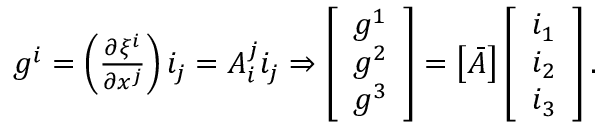
\begin{array} { r } { \boldsymbol { g ^ { i } } = \left( \frac { \partial \xi ^ { i } } { \partial x ^ { j } } \right) \boldsymbol { i _ { j } } = A _ { i } ^ { j } \boldsymbol { i _ { j } } \Rightarrow \left[ \begin{array} { l } { \boldsymbol { g ^ { 1 } } } \\ { \boldsymbol { g ^ { 2 } } } \\ { \boldsymbol { g ^ { 3 } } } \end{array} \right] = \left[ \boldsymbol { \bar { A } } \right] \left[ \begin{array} { l } { \boldsymbol { i _ { 1 } } } \\ { \boldsymbol { i _ { 2 } } } \\ { \boldsymbol { i _ { 3 } } } \end{array} \right] . } \end{array}